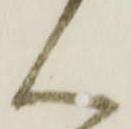
ん